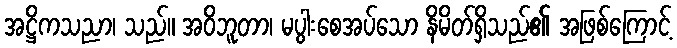
အဋ္ဌိကသညာ၊ သည်။ အဝိဘူတာ၊ မပွါးစေအပ်သော နိမိတ်ရှိသည်၏ အဖြစ်ကြောင့်